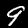
Label: 9